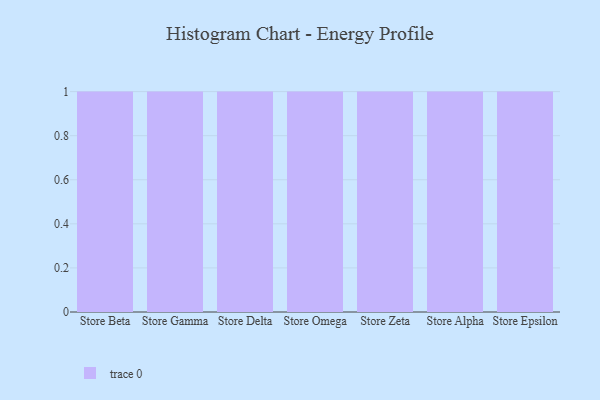
{"axis": {"x": "Store", "y": "Temperature (°C)"}, "legend": [""], "data": [{"x": "Store Beta", "y": 44, "type": ""}, {"x": "Store Gamma", "y": 22, "type": ""}, {"x": "Store Delta", "y": 33, "type": ""}, {"x": "Store Omega", "y": 9, "type": ""}, {"x": "Store Zeta", "y": 37, "type": ""}, {"x": "Store Alpha", "y": 4, "type": ""}, {"x": "Store Epsilon", "y": 85, "type": ""}]}